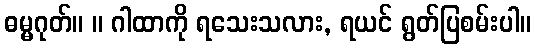
ဓမ္မဂုတ်။ ။ ဂါထာကို ရသေးသလား, ရယင် ရွတ်ပြစမ်းပါ။